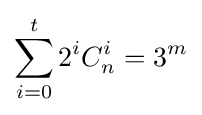
\sum _{i=0}^{t}2^{i}C_{n}^{i}=3^{m}